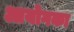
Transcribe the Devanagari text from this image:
आयोगका